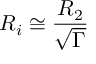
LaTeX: R _ { i } \cong \frac { R _ { 2 } } { \sqrt { \Gamma } }